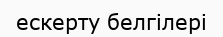
ескерту белгілері